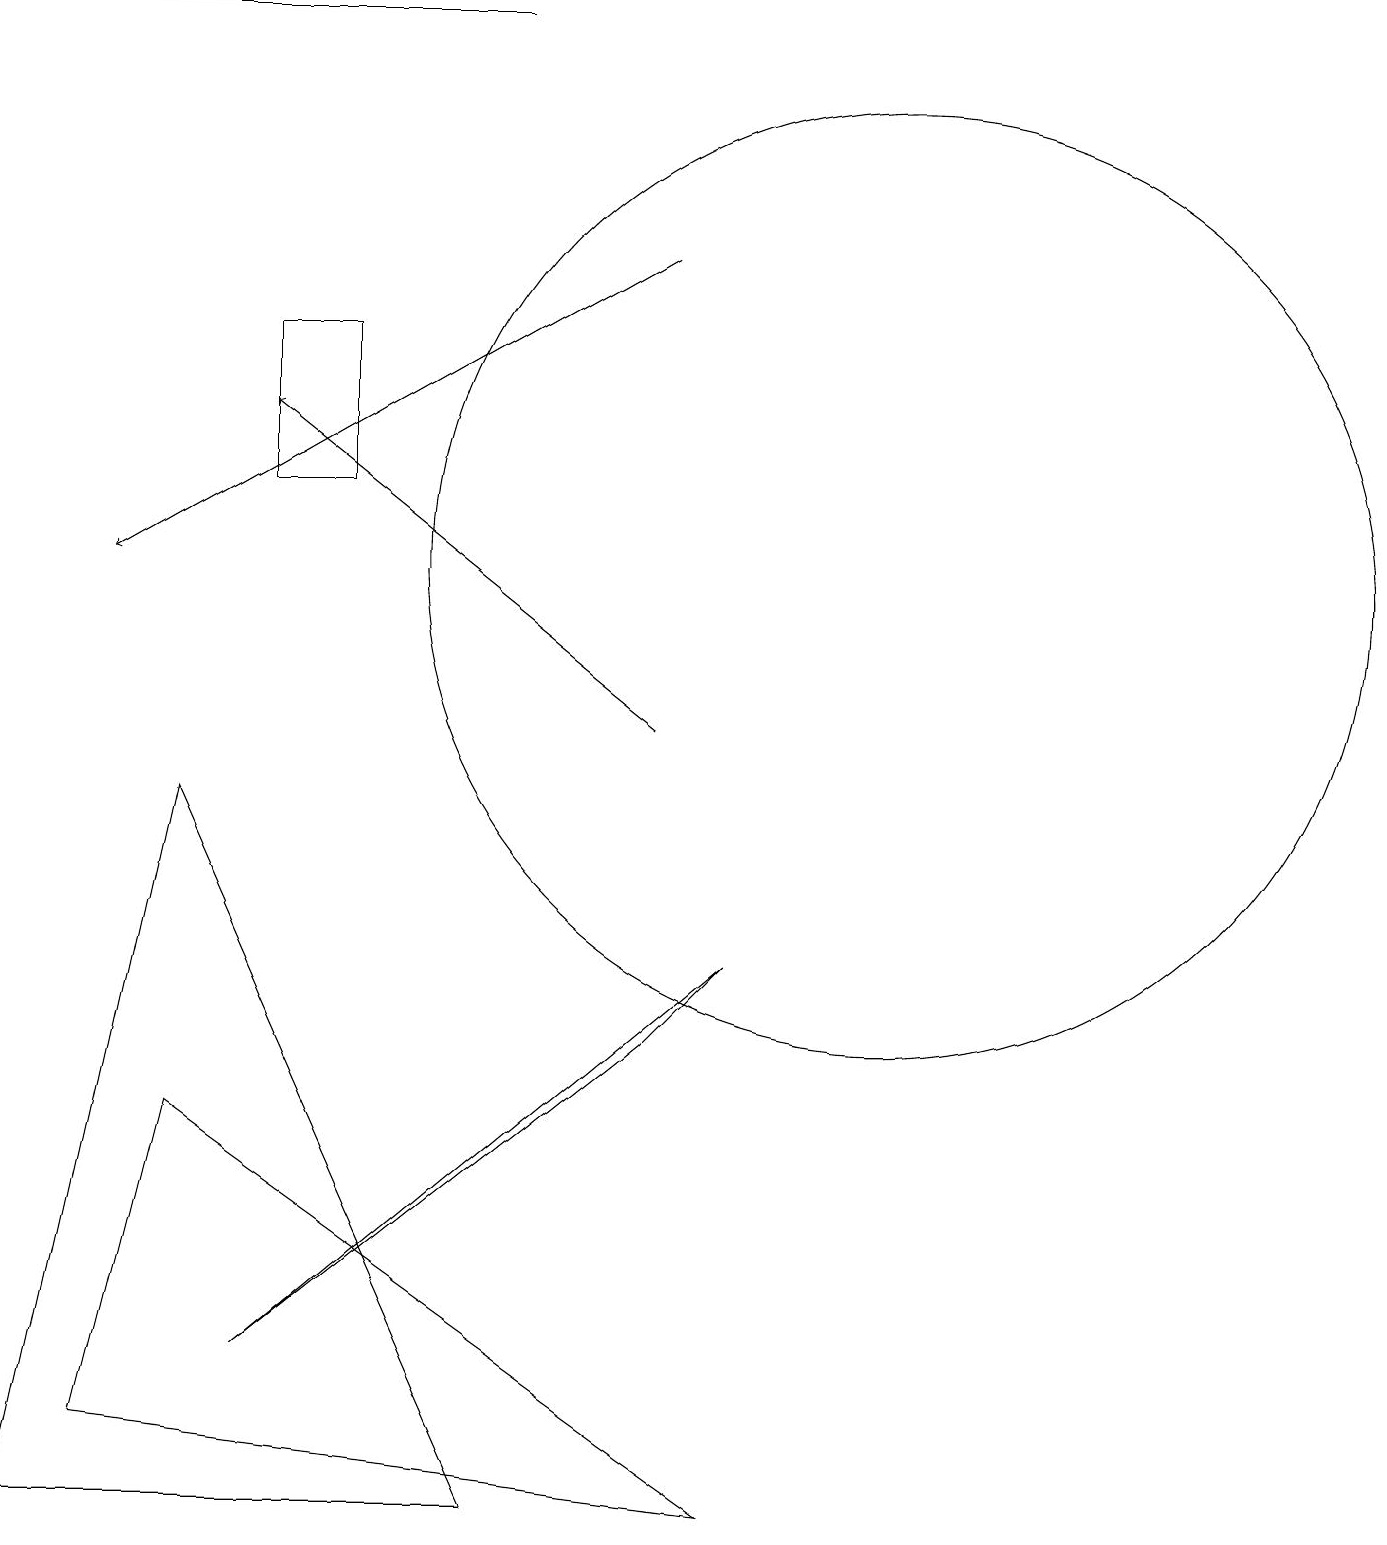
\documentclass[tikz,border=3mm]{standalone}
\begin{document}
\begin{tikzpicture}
\draw (3,13) rectangle (4,15);
\draw[->] (8,10) -- (3,14);
\draw[->] (6,19) -- (0,19);
\draw (9,0) -- (1,1) -- (2,5) -- cycle;
\draw (11,12) circle (6);
\draw[->] (8,16) -- (1,12);
\draw (2,9) -- (6,0) -- (0,0) -- cycle;
\draw (9,7) -- (8,6) -- (3,2) -- cycle;
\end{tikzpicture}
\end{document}